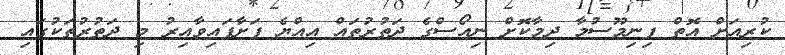
ކުރިއަށް އޮތް ފިނިމޫސުމާ ދިމާކޮށް ނިއޯސްގެ ދަތުރުތައް އިއްޔެ ފަށާފައިވާއިރު މި ދަތުރުތަކުގައި